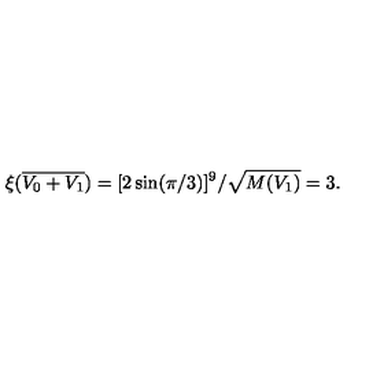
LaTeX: \xi ( { \overline { { V _ { 0 } + V _ { 1 } } } } ) = [ 2 \sin ( \pi / 3 ) ] ^ { 9 } / { \sqrt { M ( V _ { 1 } ) } } = 3 .